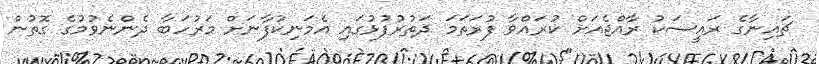
ޗައިނާގެ ރައީސަކު ރާއްޖެއަށް ކުރައްވާ ފުރަތަމަ ދަތުރުފުޅުގައި އެމަނިކުފާނަށް މަރުހަބާ ދެންނެވުމުގެ ގޮތުން